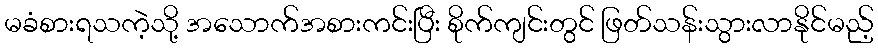
မခံစားရသကဲ့သို့ အသောက်အစားကင်းပြီး စိုက်ကျင်းတွင် ဖြတ်သန်းသွားလာနိုင်မည့်